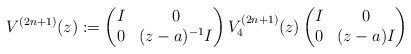
\begin{align*} V^{(2n+1)}(z):= \begin{pmatrix} I & 0 \\ 0 & (z-a)^{-1}I \end{pmatrix} V^{(2n+1)}_4(z) \begin{pmatrix} I & 0 \\ 0 & (z-a)I \end{pmatrix}\end{align*}